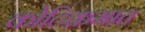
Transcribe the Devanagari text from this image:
कोटिक्रमात